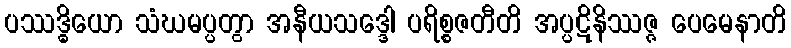
ပဿဒ္ဓိယော သံဃမပ္ပတွာ အနီယသဒ္ဒေါ ပရိစ္စဇတီတိ အပ္ပဋိနိဿဇ္ဇ ပေမေနာတိ